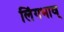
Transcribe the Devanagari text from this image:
लिंगभाव्